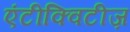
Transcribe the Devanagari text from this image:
एंटीक्विटीज़